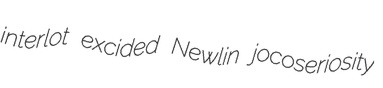
interlot excided Newlin jocoseriosity